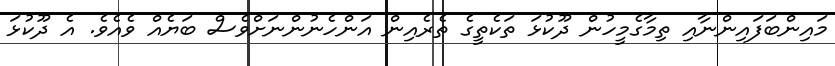
މައިންބަފައިންނާއި ތިމާގެމީހުން ދޫކުޅަ ތަކެތީގެ ތެރެއިން އަންހެނުންނަށްވެސް ބަޔެއް ވެއެވެ. އެ ދޫކުޅަ